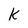
Character: K